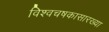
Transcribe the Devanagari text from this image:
विश्वचषकासारख्या